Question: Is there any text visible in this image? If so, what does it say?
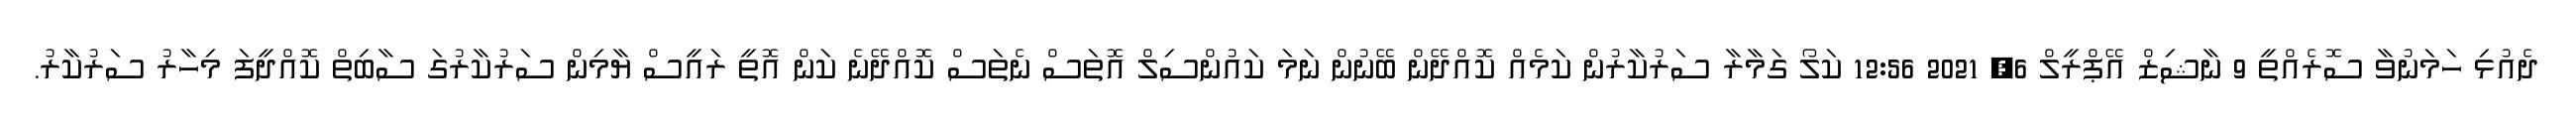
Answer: ދެއުޅި ހަމަނުވާ ސޮރެއްތީ 9 ނާޝިޒް އޭޕްރީލް 6, 2021 12:56 ކަލޯ ގަމާރާ ސަރުކާރުން ކަމެއް ކޮއްދޭން ބޭނުން ނަމަ ކައުންސިލް އޮތަސް ނެތަސް ކޮއްދޭނެ ކަން އޮތީ ރައީސް ޔާމިން ސަރުކާރުގަ ސާބިތް ކޮއްދީފަ މިހާރު ސަރުކާރު.